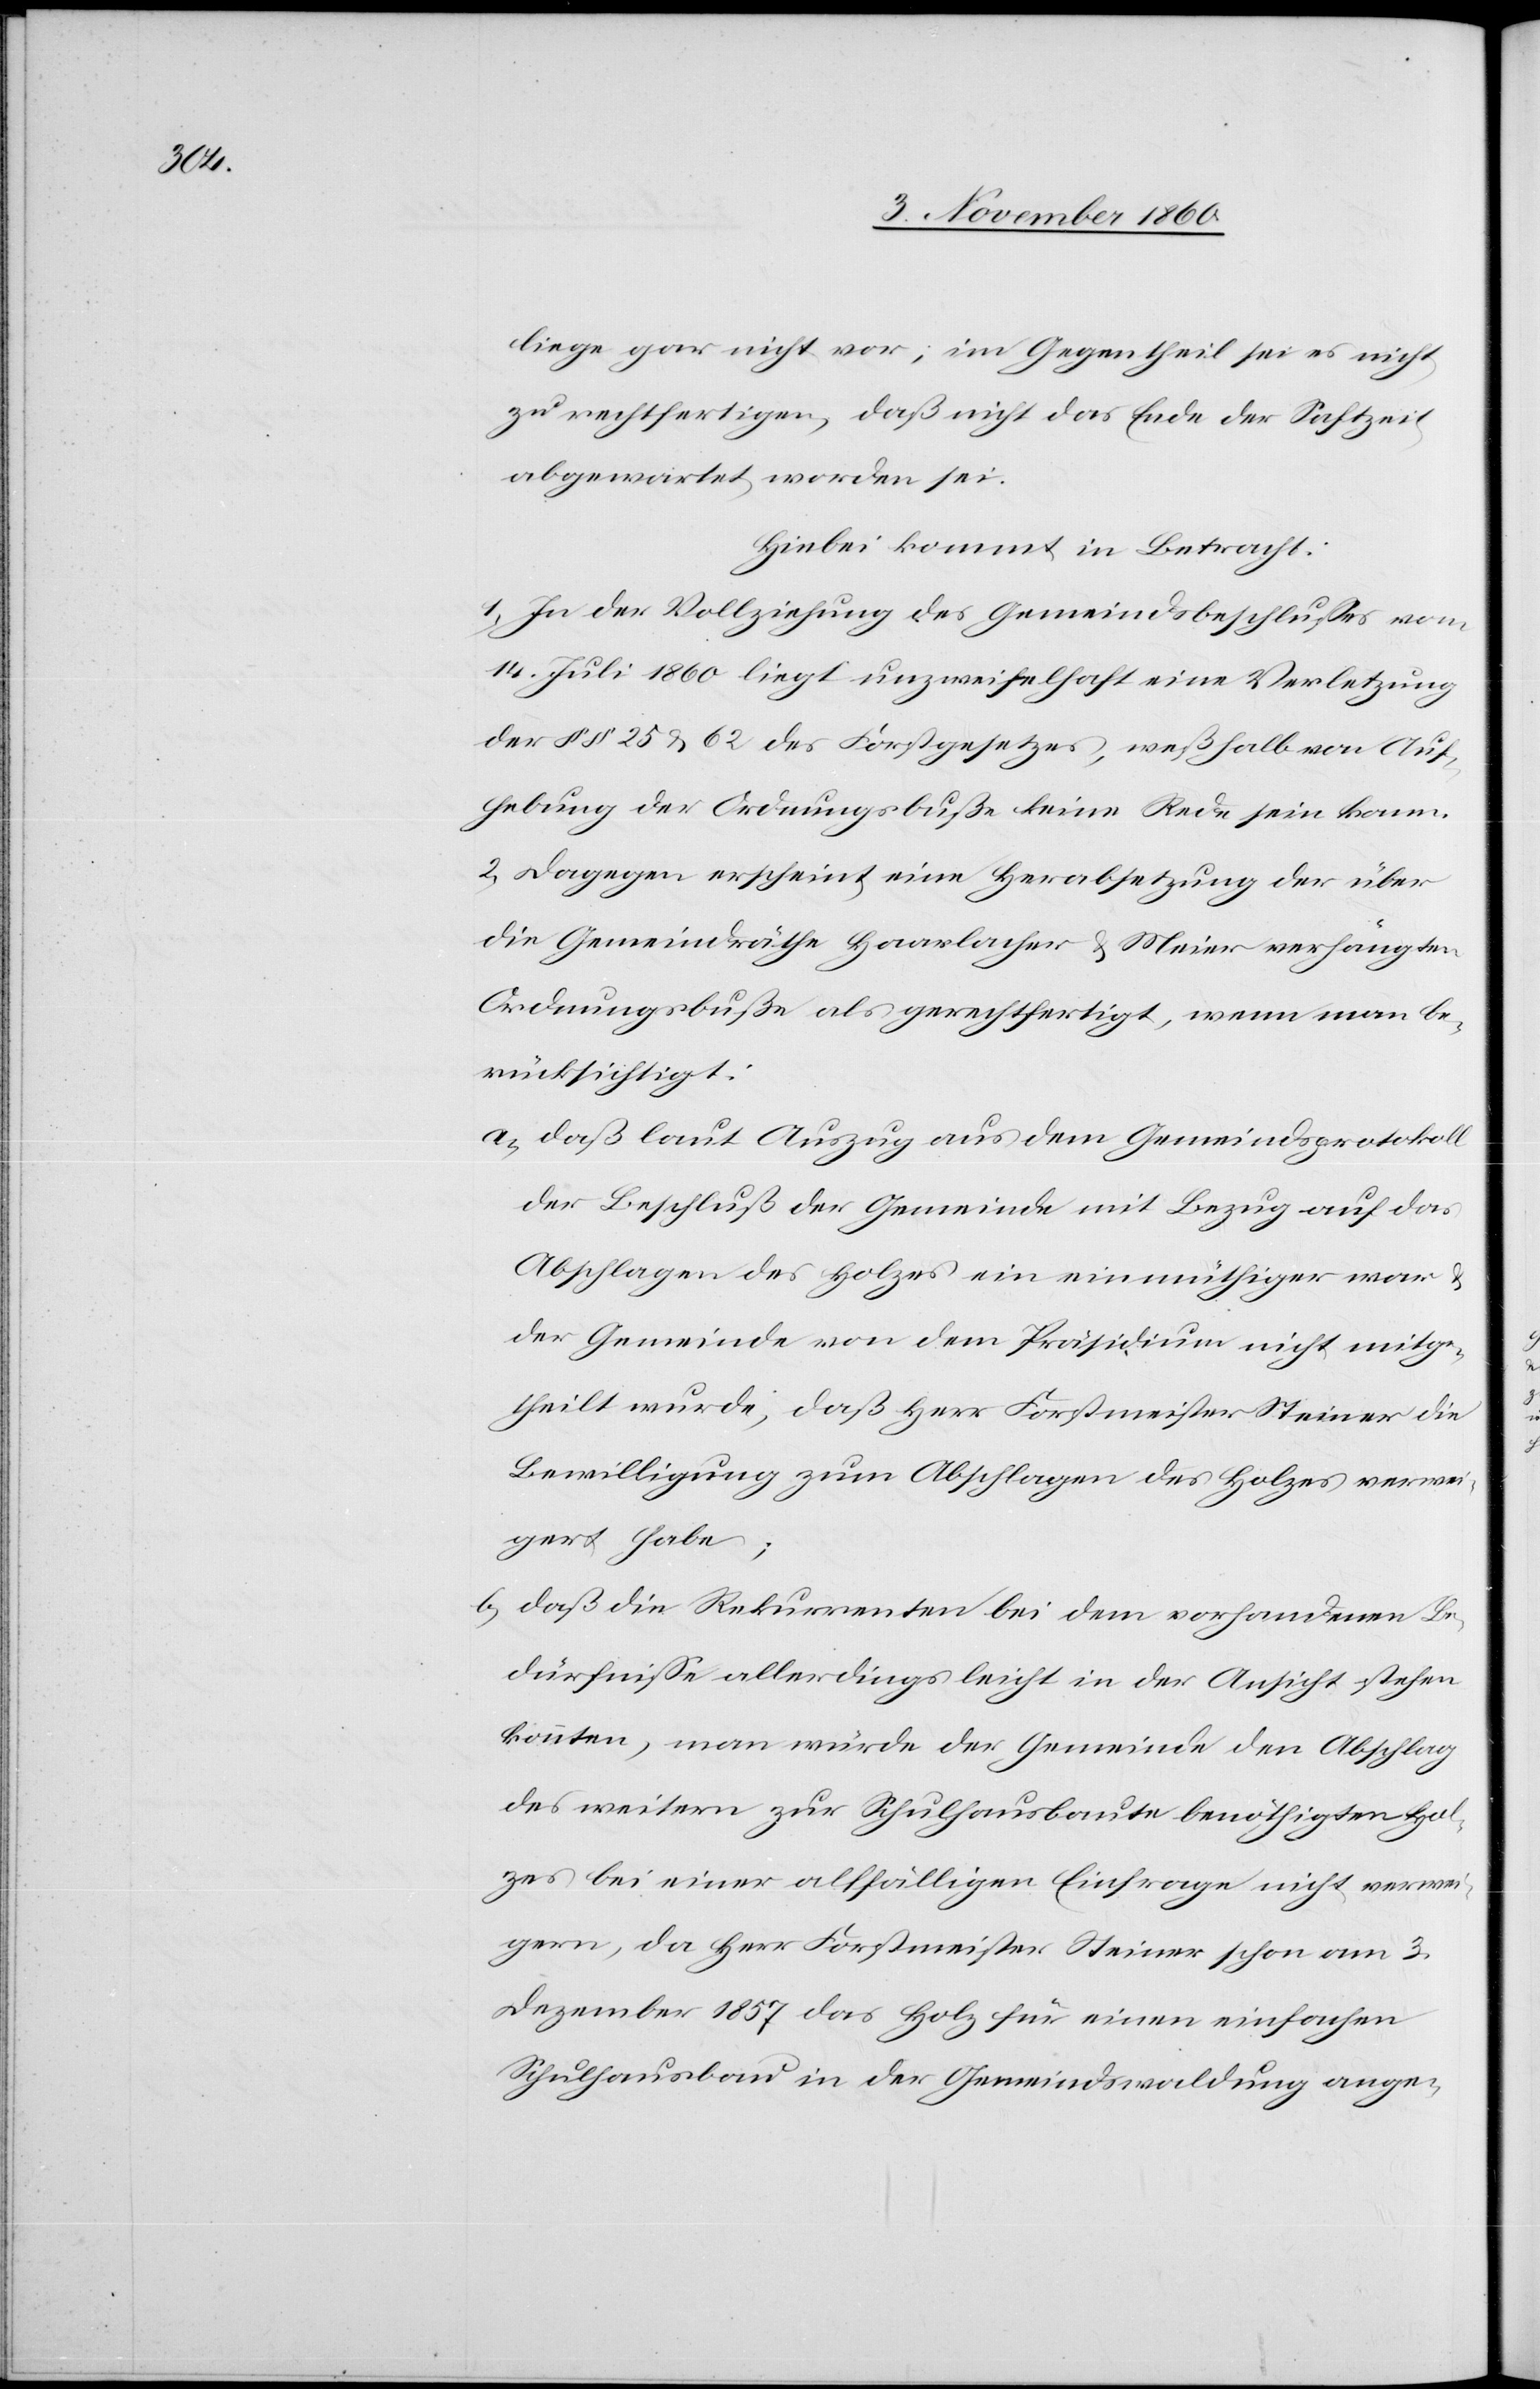
liege gar nicht vor; im Gegentheil sei es nicht
zu rechtfertigen, daß nicht das Ende der Saftzeit
abgewartet worden sei.
Hiebei kommt in Betracht:
1. In der Vollziehung des Gemeindsbeschlusses vom
14. Juli 1860 liegt unzweifelhaft eine Verletzung
der §§ 25 u. 62 des Forstgesetzes, weßhalb von Auf¬
hebung der Ordnungsbuße keine Rede sein kann.
2. Dagegen erscheint eine Herabsetzung der über
die Gemeindräthe Haarlacher u. Meier verhängten
Ordnungsbuße als gerechtfertigt, wenn man be¬
rücksichtigt:
a) daß laut Auszug aus dem Gemeindsprotokoll
der Beschluß der Gemeinde mit Bezug auf das
Abschlagen des Holzes ein einmüthiger war
der Gemeinde von dem Präsidium nicht mitge¬
theilt wurde, daß Herr Forstmeister Steiner die
Bewilligung zum Abschlagen des Holzes verwei¬
gert habe;
b) daß die Rekurrenten bei dem vorhandenen Be¬
dürfnisse allerdings leicht in der Ansicht stehen
könnten, man würde der Gemeinde den Abschlag
des weitern zur Schulhausbaute benöthigten Hol¬
zes bei einer allfälligen Einsprache nicht verwei¬
gern, da Herr Forstmeister Steiner schon am 3.
Dezember 1857 das Holz für einen einfachen
Schulhausbau in der Gemeindswaldung ange-